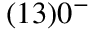
( 1 3 ) 0 ^ { - }